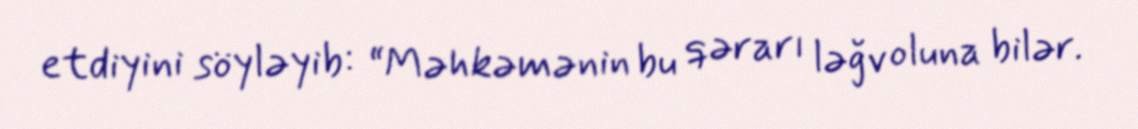
etdiyini söyləyib: “Məhkəmənin bu qərarı ləğv oluna bilər.